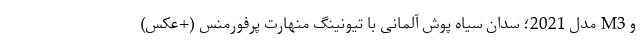
و M3 مدل 2021؛ سدان سیاه پوش آلمانی با تیونینگ منهارت پرفورمنس (+عکس)